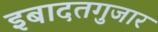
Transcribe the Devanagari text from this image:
इबादतगुजार